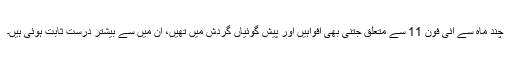
چند ماہ سے آئی فون 11 سے متعلق جتنی بھی افواہیں اور پیش گوئیاں گردش میں تھیں، ان میں سے بیشتر درست ثابت ہوئی ہیں۔